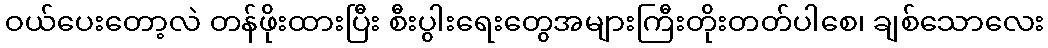
ဝယ်ပေးတော့လဲ တန်ဖိုးထားပြီး စီးပွါးရေးတွေအများကြီးတိုးတတ်ပါစေ၊ ချစ်သောလေး